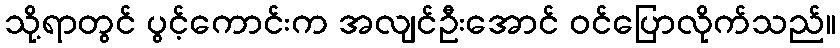
သို့ရာတွင် ပွင့်ကောင်းက အလျင်ဦးအောင် ဝင်ပြောလိုက်သည်။